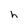
Character: h